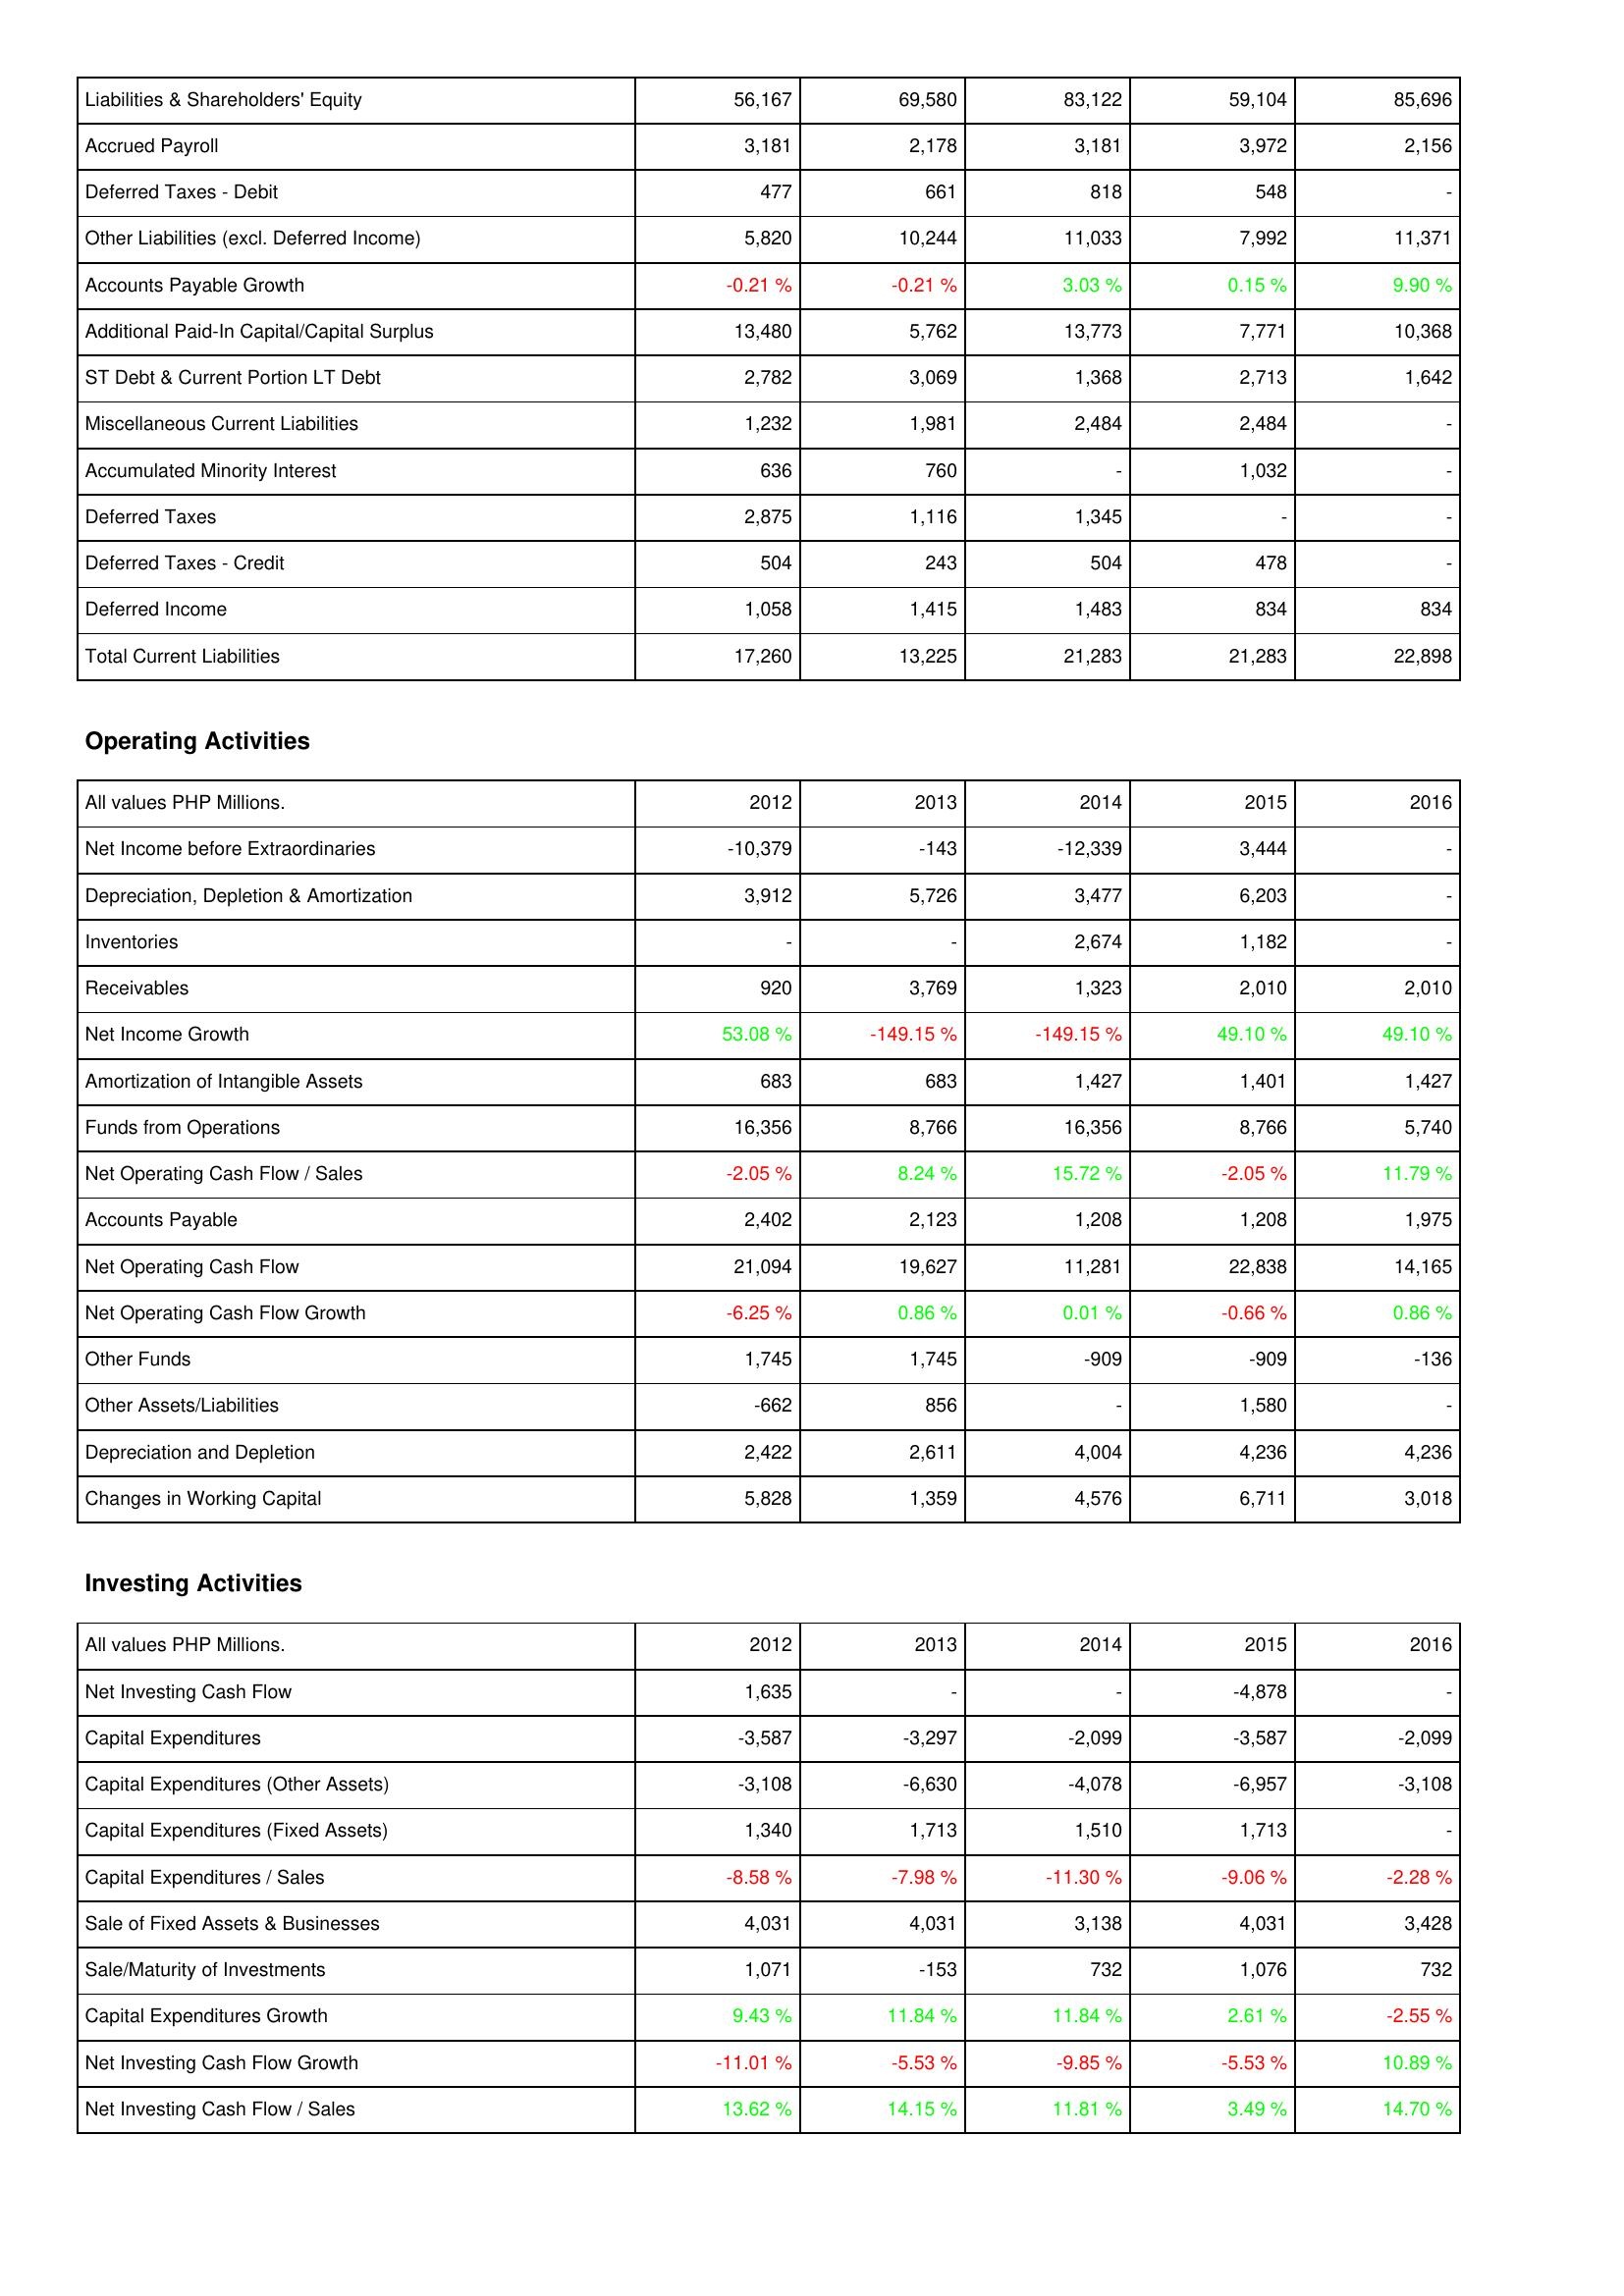
2012: Liabilities & Shareholders' Equity: Liabilities & Shareholders' Equity: 56,167
Accrued Payroll: 3,181
Deferred Taxes - Debit: 477
Other Liabilities (excl. Deferred Income): 5,820
Accounts Payable Growth: -0.21 %
Additional Paid-In Capital/Capital Surplus: 13,480
ST Debt & Current Portion LT Debt: 2,782
Miscellaneous Current Liabilities: 1,232
Accumulated Minority Interest: 636
Deferred Taxes: 2,875
Deferred Taxes - Credit: 504
Deferred Income: 1,058
Total Current Liabilities: 17,260
Operating Activities: Net Income before Extraordinaries: -10,379
Depreciation, Depletion & Amortization: 3,912
Inventories: -
Receivables: 920
Net Income Growth: 53.08 %
Amortization of Intangible Assets: 683
Funds from Operations: 16,356
Net Operating Cash Flow / Sales: -2.05 %
Accounts Payable: 2,402
Net Operating Cash Flow: 21,094
Net Operating Cash Flow Growth: -6.25 %
Other Funds: 1,745
Other Assets/Liabilities: -662
Depreciation and Depletion: 2,422
Changes in Working Capital: 5,828
Investing Activities: Net Investing Cash Flow: 1,635
Capital Expenditures: -3,587
Capital Expenditures (Other Assets): -3,108
Capital Expenditures (Fixed Assets): 1,340
Capital Expenditures / Sales: -8.58 %
Sale of Fixed Assets & Businesses: 4,031
Sale/Maturity of Investments: 1,071
Capital Expenditures Growth: 9.43 %
Net Investing Cash Flow Growth: -11.01 %
Net Investing Cash Flow / Sales: 13.62 %
2013: Liabilities & Shareholders' Equity: Liabilities & Shareholders' Equity: 69,580
Accrued Payroll: 2,178
Deferred Taxes - Debit: 661
Other Liabilities (excl. Deferred Income): 10,244
Accounts Payable Growth: -0.21 %
Additional Paid-In Capital/Capital Surplus: 5,762
ST Debt & Current Portion LT Debt: 3,069
Miscellaneous Current Liabilities: 1,981
Accumulated Minority Interest: 760
Deferred Taxes: 1,116
Deferred Taxes - Credit: 243
Deferred Income: 1,415
Total Current Liabilities: 13,225
Operating Activities: Net Income before Extraordinaries: -143
Depreciation, Depletion & Amortization: 5,726
Inventories: -
Receivables: 3,769
Net Income Growth: -149.15 %
Amortization of Intangible Assets: 683
Funds from Operations: 8,766
Net Operating Cash Flow / Sales: 8.24 %
Accounts Payable: 2,123
Net Operating Cash Flow: 19,627
Net Operating Cash Flow Growth: 0.86 %
Other Funds: 1,745
Other Assets/Liabilities: 856
Depreciation and Depletion: 2,611
Changes in Working Capital: 1,359
Investing Activities: Net Investing Cash Flow: -
Capital Expenditures: -3,297
Capital Expenditures (Other Assets): -6,630
Capital Expenditures (Fixed Assets): 1,713
Capital Expenditures / Sales: -7.98 %
Sale of Fixed Assets & Businesses: 4,031
Sale/Maturity of Investments: -153
Capital Expenditures Growth: 11.84 %
Net Investing Cash Flow Growth: -5.53 %
Net Investing Cash Flow / Sales: 14.15 %
2014: Liabilities & Shareholders' Equity: Liabilities & Shareholders' Equity: 83,122
Accrued Payroll: 3,181
Deferred Taxes - Debit: 818
Other Liabilities (excl. Deferred Income): 11,033
Accounts Payable Growth: 3.03 %
Additional Paid-In Capital/Capital Surplus: 13,773
ST Debt & Current Portion LT Debt: 1,368
Miscellaneous Current Liabilities: 2,484
Accumulated Minority Interest: -
Deferred Taxes: 1,345
Deferred Taxes - Credit: 504
Deferred Income: 1,483
Total Current Liabilities: 21,283
Operating Activities: Net Income before Extraordinaries: -12,339
Depreciation, Depletion & Amortization: 3,477
Inventories: 2,674
Receivables: 1,323
Net Income Growth: -149.15 %
Amortization of Intangible Assets: 1,427
Funds from Operations: 16,356
Net Operating Cash Flow / Sales: 15.72 %
Accounts Payable: 1,208
Net Operating Cash Flow: 11,281
Net Operating Cash Flow Growth: 0.01 %
Other Funds: -909
Other Assets/Liabilities: -
Depreciation and Depletion: 4,004
Changes in Working Capital: 4,576
Investing Activities: Net Investing Cash Flow: -
Capital Expenditures: -2,099
Capital Expenditures (Other Assets): -4,078
Capital Expenditures (Fixed Assets): 1,510
Capital Expenditures / Sales: -11.30 %
Sale of Fixed Assets & Businesses: 3,138
Sale/Maturity of Investments: 732
Capital Expenditures Growth: 11.84 %
Net Investing Cash Flow Growth: -9.85 %
Net Investing Cash Flow / Sales: 11.81 %
2015: Liabilities & Shareholders' Equity: Liabilities & Shareholders' Equity: 59,104
Accrued Payroll: 3,972
Deferred Taxes - Debit: 548
Other Liabilities (excl. Deferred Income): 7,992
Accounts Payable Growth: 0.15 %
Additional Paid-In Capital/Capital Surplus: 7,771
ST Debt & Current Portion LT Debt: 2,713
Miscellaneous Current Liabilities: 2,484
Accumulated Minority Interest: 1,032
Deferred Taxes: -
Deferred Taxes - Credit: 478
Deferred Income: 834
Total Current Liabilities: 21,283
Operating Activities: Net Income before Extraordinaries: 3,444
Depreciation, Depletion & Amortization: 6,203
Inventories: 1,182
Receivables: 2,010
Net Income Growth: 49.10 %
Amortization of Intangible Assets: 1,401
Funds from Operations: 8,766
Net Operating Cash Flow / Sales: -2.05 %
Accounts Payable: 1,208
Net Operating Cash Flow: 22,838
Net Operating Cash Flow Growth: -0.66 %
Other Funds: -909
Other Assets/Liabilities: 1,580
Depreciation and Depletion: 4,236
Changes in Working Capital: 6,711
Investing Activities: Net Investing Cash Flow: -4,878
Capital Expenditures: -3,587
Capital Expenditures (Other Assets): -6,957
Capital Expenditures (Fixed Assets): 1,713
Capital Expenditures / Sales: -9.06 %
Sale of Fixed Assets & Businesses: 4,031
Sale/Maturity of Investments: 1,076
Capital Expenditures Growth: 2.61 %
Net Investing Cash Flow Growth: -5.53 %
Net Investing Cash Flow / Sales: 3.49 %
2016: Liabilities & Shareholders' Equity: Liabilities & Shareholders' Equity: 85,696
Accrued Payroll: 2,156
Deferred Taxes - Debit: -
Other Liabilities (excl. Deferred Income): 11,371
Accounts Payable Growth: 9.90 %
Additional Paid-In Capital/Capital Surplus: 10,368
ST Debt & Current Portion LT Debt: 1,642
Miscellaneous Current Liabilities: -
Accumulated Minority Interest: -
Deferred Taxes: -
Deferred Taxes - Credit: -
Deferred Income: 834
Total Current Liabilities: 22,898
Operating Activities: Net Income before Extraordinaries: -
Depreciation, Depletion & Amortization: -
Inventories: -
Receivables: 2,010
Net Income Growth: 49.10 %
Amortization of Intangible Assets: 1,427
Funds from Operations: 5,740
Net Operating Cash Flow / Sales: 11.79 %
Accounts Payable: 1,975
Net Operating Cash Flow: 14,165
Net Operating Cash Flow Growth: 0.86 %
Other Funds: -136
Other Assets/Liabilities: -
Depreciation and Depletion: 4,236
Changes in Working Capital: 3,018
Investing Activities: Net Investing Cash Flow: -
Capital Expenditures: -2,099
Capital Expenditures (Other Assets): -3,108
Capital Expenditures (Fixed Assets): -
Capital Expenditures / Sales: -2.28 %
Sale of Fixed Assets & Businesses: 3,428
Sale/Maturity of Investments: 732
Capital Expenditures Growth: -2.55 %
Net Investing Cash Flow Growth: 10.89 %
Net Investing Cash Flow / Sales: 14.70 %